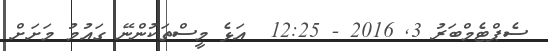
ސެޕްޓެމްބަރު 3